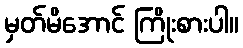
မှတ်မိအောင် ကြိုးစားပါ။